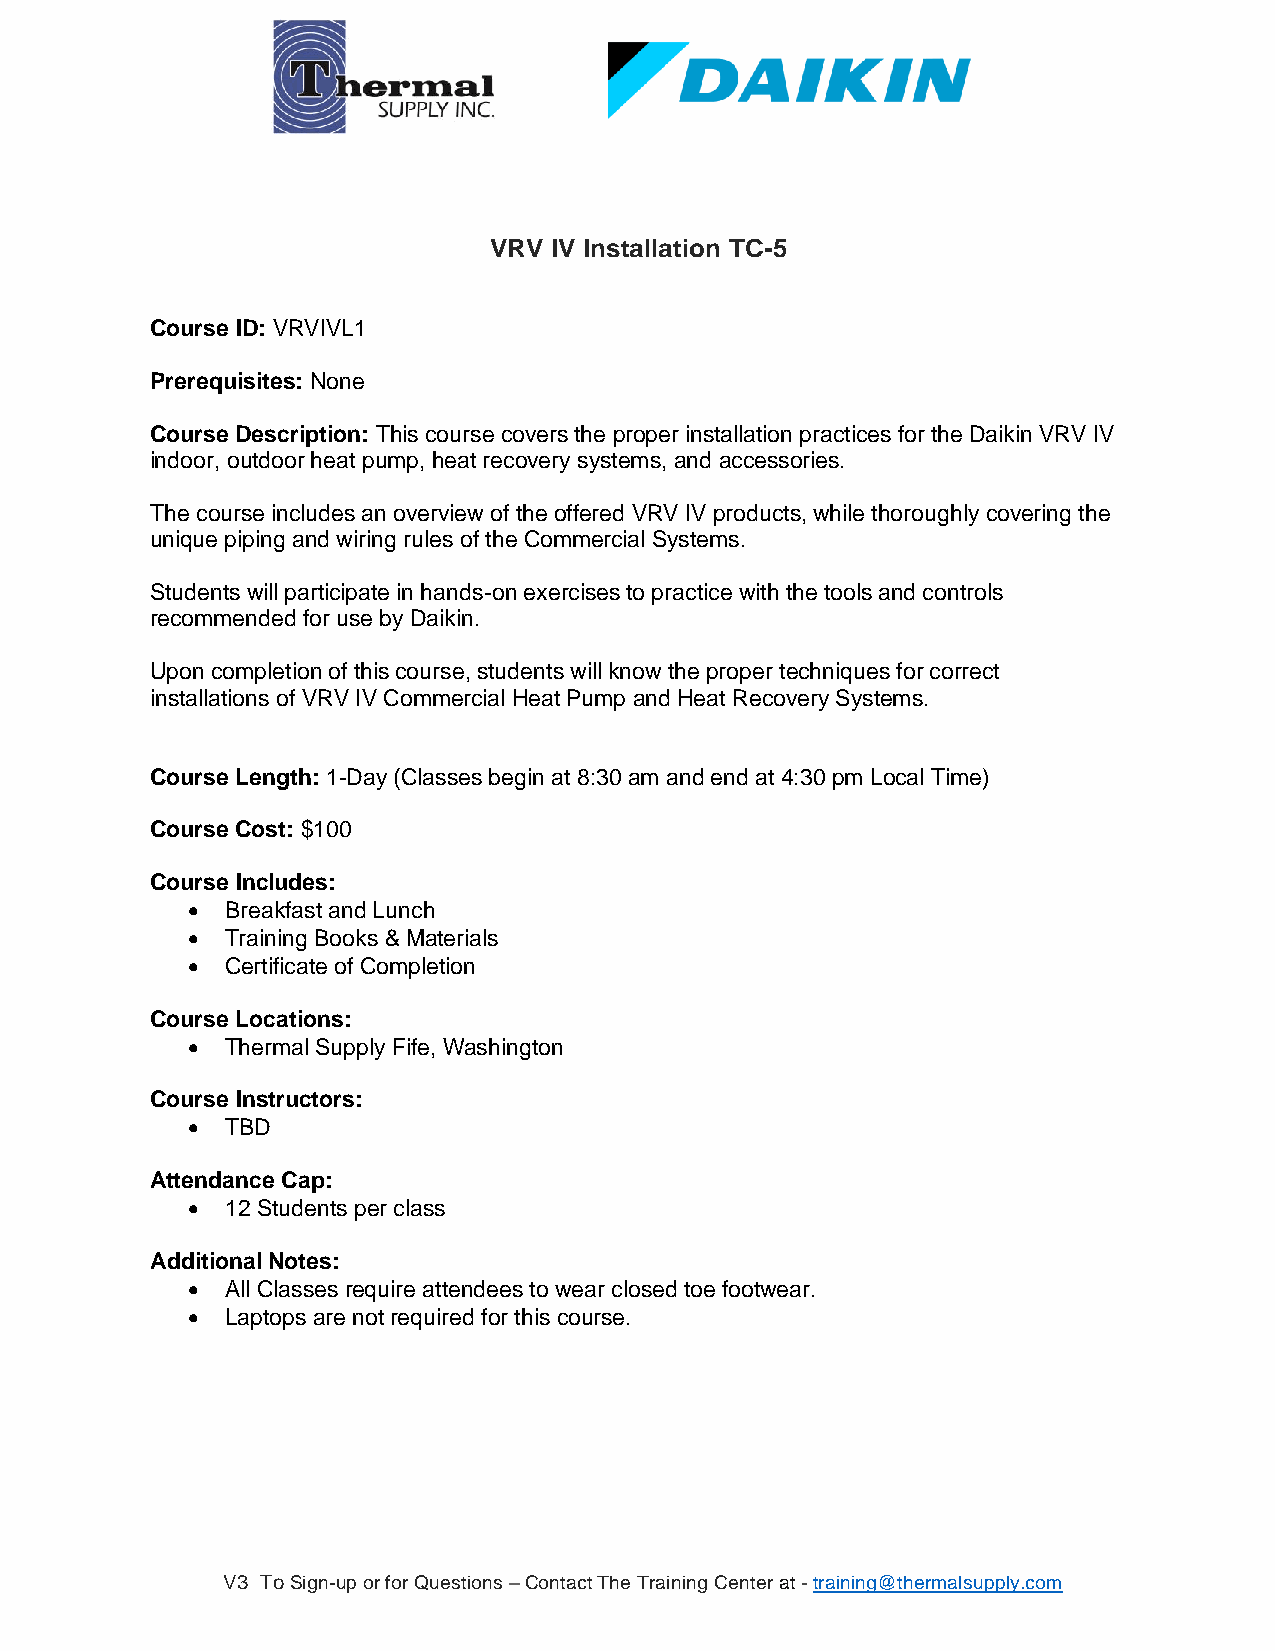
VRV IV Installation TC-5
 Course ID: VRVIVL1
 Prerequisites: None
 Course Description: This course covers the proper installation practices for the Daikin VRV IV
 indoor, outdoor heat pump, heat recovery systems, and accessories.
 The course includes an overview of the offered VRV IV products, while thoroughly covering the
 unique piping and wiring rules of the Commercial Systems.
 Students will participate in hands-on exercises to practice with the tools and controls
 recommended for use by Daikin.
 Upon completion of this course, students will know the proper techniques for correct
 installations of VRV IV Commercial Heat Pump and Heat Recovery Systems.
 Course Length: 1-Day (Classes begin at 8:30 am and end at 4:30 pm Local Time)
 Course Cost: $100
 Course Includes:
 •  Breakfast and Lunch
 •  Training Books & Materials
 •  Certificate of Completion
 Course Locations:
 •  Thermal Supply Fife, Washington
 Course Instructors:
 •  TBD
 Attendance Cap:
 •  12 Students per class
 Additional Notes:
 •  All Classes require attendees to wear closed toe footwear.
 •  Laptops are not required for this course.
 V3 To Sign-up or for Questions – Contact The Training Center at - training@thermalsupply.com